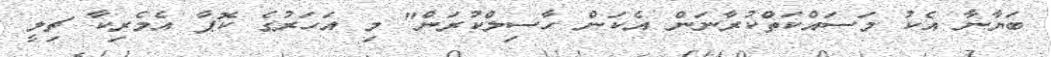
ބަޔާނާ އެކު މަސައްކަތްކުރާނަން އެކަން ހާސިލްކުރަން" މި އަހަރުގެ ކޮޕާ އެމެރިކާ ޗިލީ